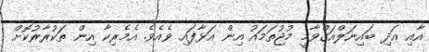
އާއި އަދި ބައިނަލްއަގްވާމީ މުޖުތަމައު އިން އަޅާފައި ވެއެވެ. އެމެރިކާ އިން ތަކުރާރުކޮށް